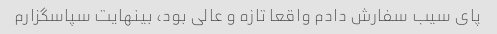
پای سیب سفارش دادم واقعا تازه و عالی بود، بینهایت سپاسگزارم